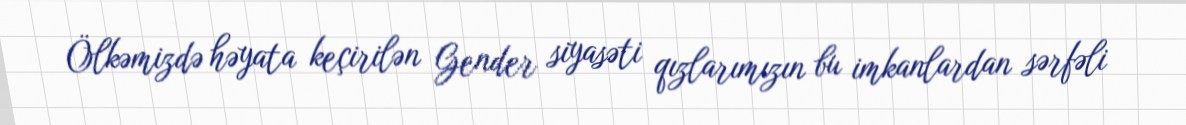
Ölkəmizdə həyata keçirilən Gender siyasəti qızlarımızın bu imkanlardan sərfəli